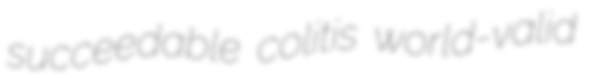
succeedable colitis world-valid